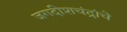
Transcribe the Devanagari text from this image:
जगदीशचंद्रांचे